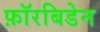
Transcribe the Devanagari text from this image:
फ़ॉरबिडेन